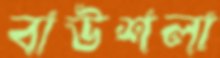
বাউশলা